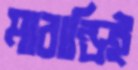
মারান্ডিই